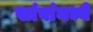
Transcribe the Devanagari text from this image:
खांबांमध्ये